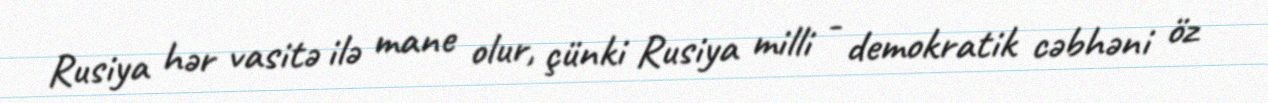
Rusiya hər vasitə ilə mane olur, çünki Rusiya milli - demokratik cəbhəni öz